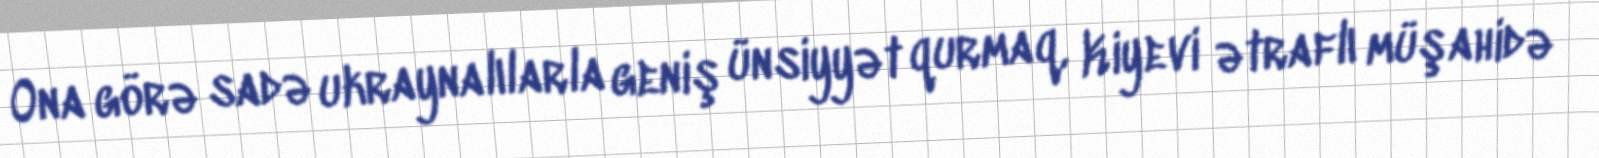
Ona görə sadə ukraynalılarla geniş ünsiyyət qurmaq, Kiyevi ətraflı müşahidə